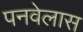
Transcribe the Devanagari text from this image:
पनवेलास